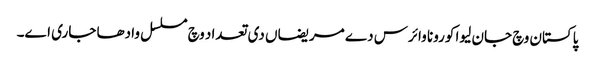
پاکستان وچ جان لیوا کورونا وائرس دے مریضاں دی تعداد وچ مسلسل وادھا جاری اے۔